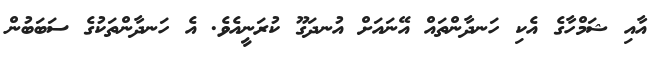
އާއި ޝަމްހާގެ އެކި ހަނދާންތައް އޭނައަށް އުނދަގޫ ކުރަނީއެވެ. އެ ހަނދާންތަކުގެ ސަބަބުން